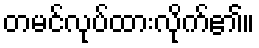
တမင်လုပ်ထားလိုက်၏။